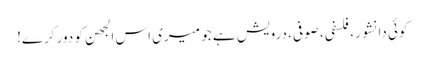
کوئی دانشور، فلسفی، صوفی، درویش ہے جو میری اس الجھن کو دور کرے!